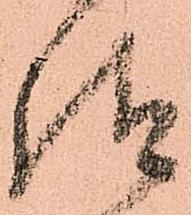
請